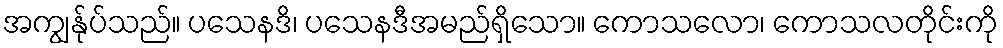
အကျွန်ုပ်သည်။ ပသေနဒိ၊ ပသေနဒီအမည်ရှိသော။ ကောသလော၊ ကောသလတိုင်းကို